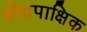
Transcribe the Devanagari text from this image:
बोधपाक्षिक